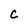
Character: C